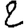
Digit: 2